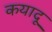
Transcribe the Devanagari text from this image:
कयादू